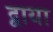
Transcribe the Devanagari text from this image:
द्वाया